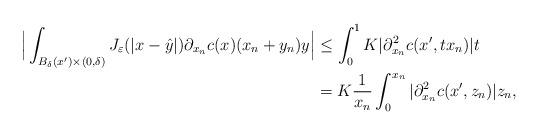
LaTeX: \begin{align*}\Big|\int_{B_{\delta}(x^\prime)\times(0,\delta)}J_\varepsilon(|x-\hat{y}|)\partial_{x_n}c(x)(x_n+y_n)y\Big| &\leq \int_0^1 K|\partial_{x_n}^2c(x^\prime,tx_n)|t \\ &= K\frac{1}{x_n}\int_0^{x_n}|\partial_{x_n}^2c(x^\prime,z_n)|z_n,\end{align*}